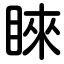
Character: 睞